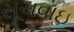
સૂચવાઇ